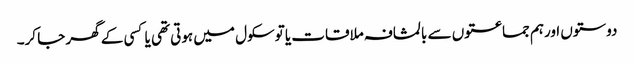
دوستوں اورہم جماعتوں سے بالمشافہ ملاقات یا توسکول میں ہوتی تھی یا کسی کے گھر جا کر۔